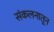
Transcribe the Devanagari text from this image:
संकलनातून